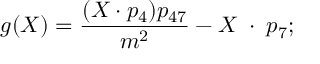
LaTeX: g ( X ) = \frac { ( X \cdot p _ { 4 } ) p _ { 4 7 } } { m ^ { 2 } } - X \; \cdot \; p _ { 7 } ;